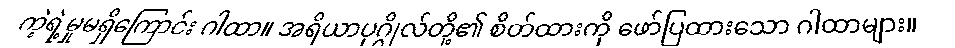
ကဲ့ရဲ့မှုမရှိကြောင်း ဂါထာ။ အရိယာပုဂ္ဂိုလ်တို့၏ စိတ်ထားကို ဖော်ပြထားသော ဂါထာများ။